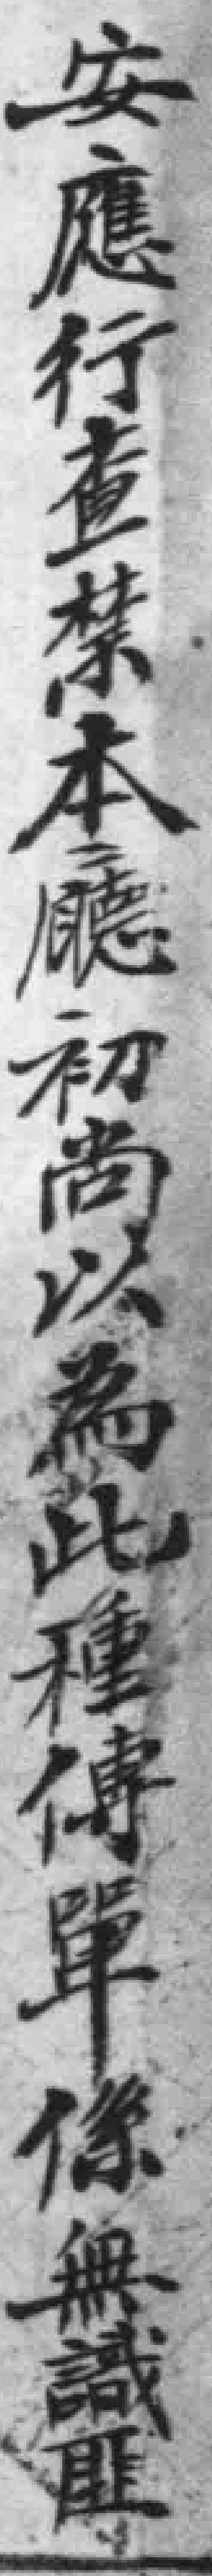
安應行查禁本廳初尚以為此種傳單係無識匪